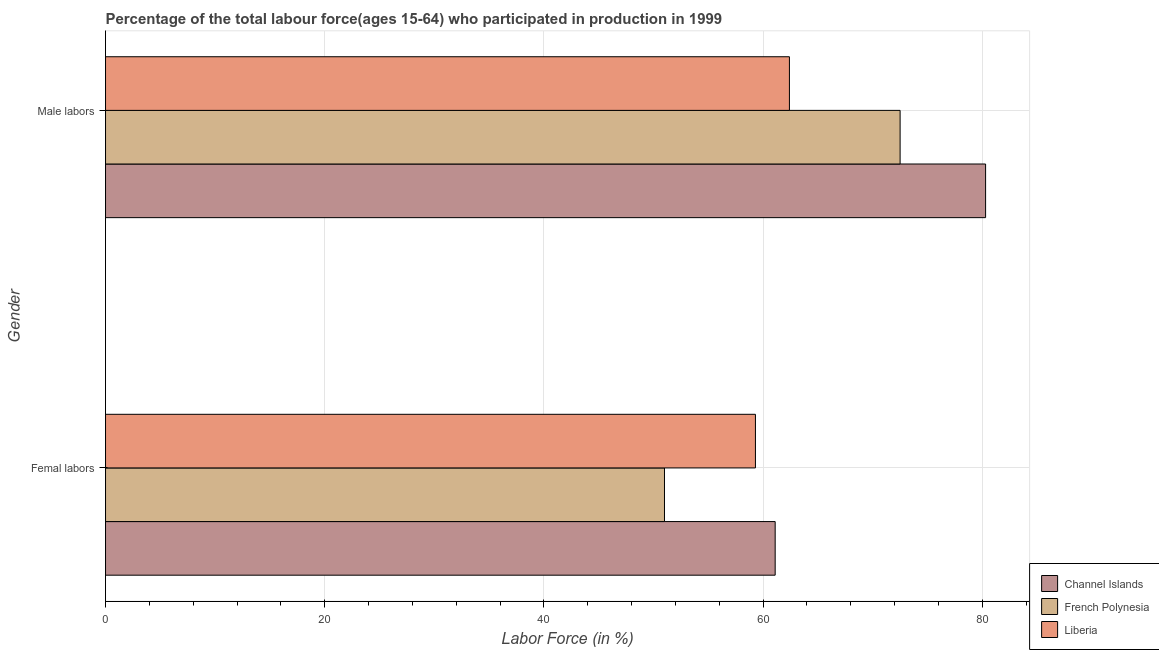
| Gender | Channel Islands | French Polynesia | Liberia |
 | --- | --- | --- | --- |
 | Femal labors | 61.1 | 51 | 59.3 |
 | Male labors | 80.3 | 72.5 | 62.4 |